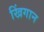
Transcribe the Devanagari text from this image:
खिंगान